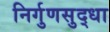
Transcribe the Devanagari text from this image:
निर्गुणसुद्धा